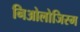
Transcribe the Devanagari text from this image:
निओलोजिस्म